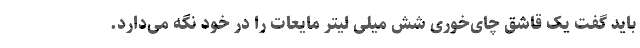
باید گفت یک قاشق چای‌خوری شش میلی لیتر مایعات را در خود نگه می‌دارد.